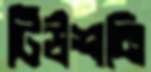
টিউশনি